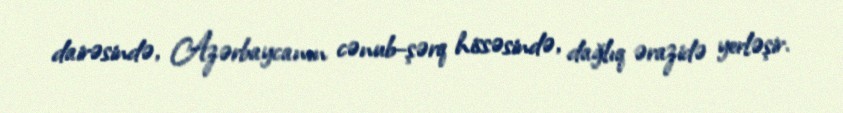
dairəsində, Azərbaycanın cənub–şərq hissəsində, dağlıq ərazidə yerləşir.